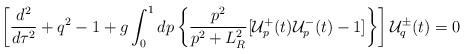
LaTeX: \begin{align*}\left[\frac{d^2}{d\tau^2}+q^2-1+g\int^1_0 dp\left\{\frac{p^2}{p^2+L^2_R}[{\cal{U}}^+_p(t){\cal{U}}^-_p(t)-1]\right\}\right]{\cal{U}}^{\pm}_q(t)=0\end{align*}